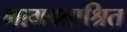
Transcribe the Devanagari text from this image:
भागवताश्रित